Document type: Emphyteutic lease
Year: 1281
Scribe: Pere Marquès
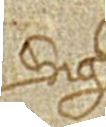
Sig